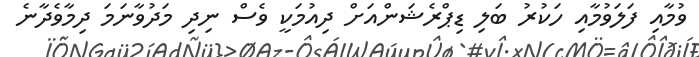
ވުމާއި ފަލަވުމާއި ހަކުރު ބަލި ޑިޕްރެޝަންއަށް ދިއުމަކީ ވެސް ނިދި މަދުވާނަމަ ދިމާވެދާނެ